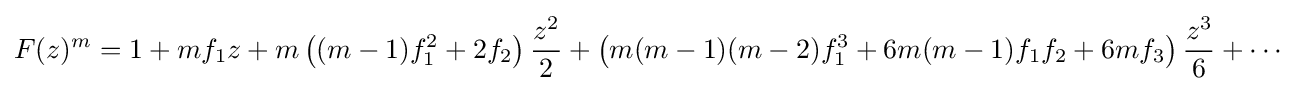
F(z)^{m}=1+mf_{1}z+m\left((m-1)f_{1}^{2}+2f_{2}\right){\frac {z^{2}}{2}}+\left(m(m-1)(m-2)f_{1}^{3}+6m(m-1)f_{1}f_{2}+6mf_{3}\right){\frac {z^{3}}{6}}+\cdots